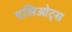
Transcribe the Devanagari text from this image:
एलिओट्स